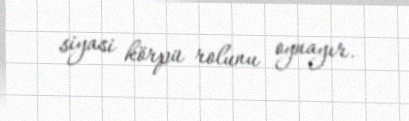
siyasi körpü rolunu oynayır.